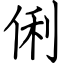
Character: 俐